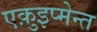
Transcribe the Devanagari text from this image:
एक़ुइप्मेन्त